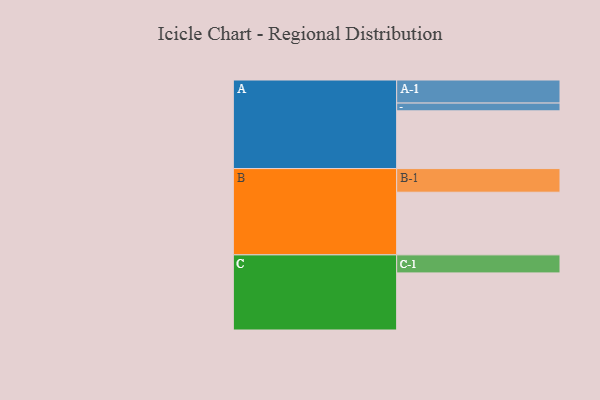
{"axis": {"x": "Segment", "y": "Value"}, "legend": ["", "A", "B", "C"], "data": [{"x": "A", "y": 528, "type": ""}, {"x": "B", "y": 573, "type": ""}, {"x": "C", "y": 522, "type": ""}, {"x": "A-1", "y": 211, "type": "A"}, {"x": "A-2", "y": 71, "type": "A"}, {"x": "B-1", "y": 216, "type": "B"}, {"x": "C-1", "y": 165, "type": "C"}]}